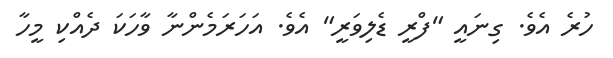
ހުރެ އެވެ. ގިނައީ "ފްރީ ޑެލިވަރީ" އެވެ. އަހަރަމެންނާ ވާހަކަ ދެއްކި މީހާ